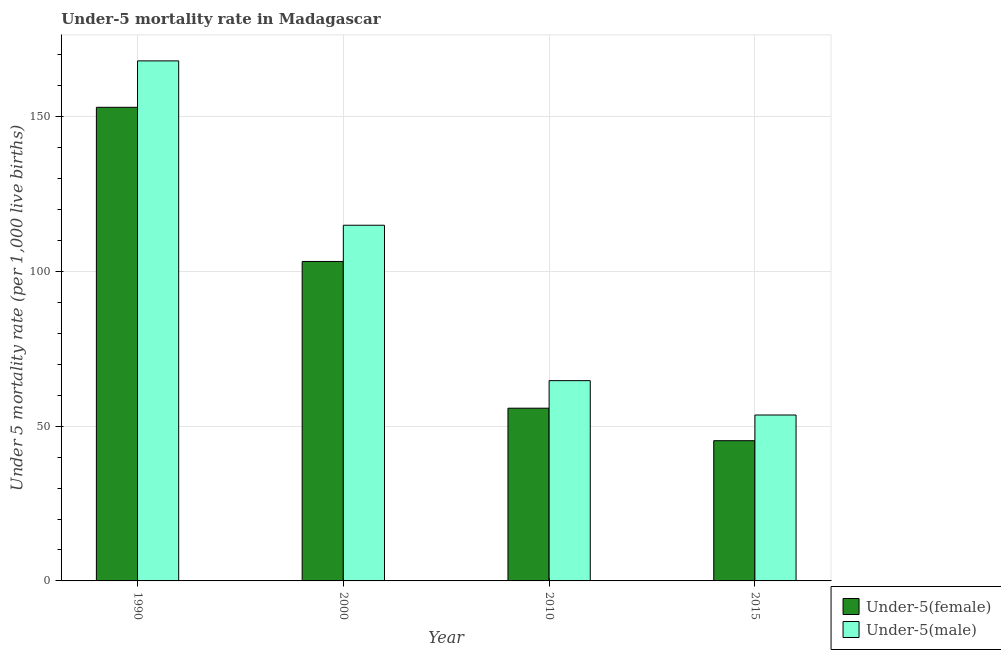
| Year | Under-5(female) | Under-5(male) |
 | --- | --- | --- |
 | 1990 | 153 | 168 |
 | 2000 | 103 | 115 |
 | 2010 | 55.8 | 64.7 |
 | 2015 | 45.3 | 53.6 |